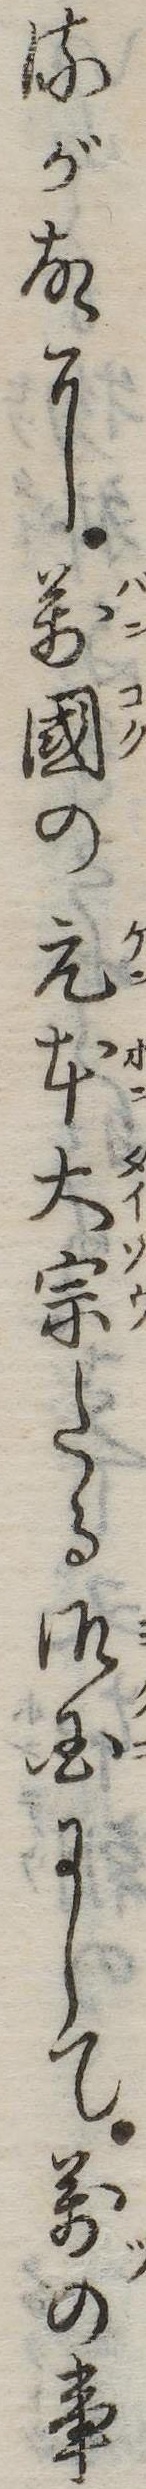
るが故に万国の元本大宗たる御国にして万の事